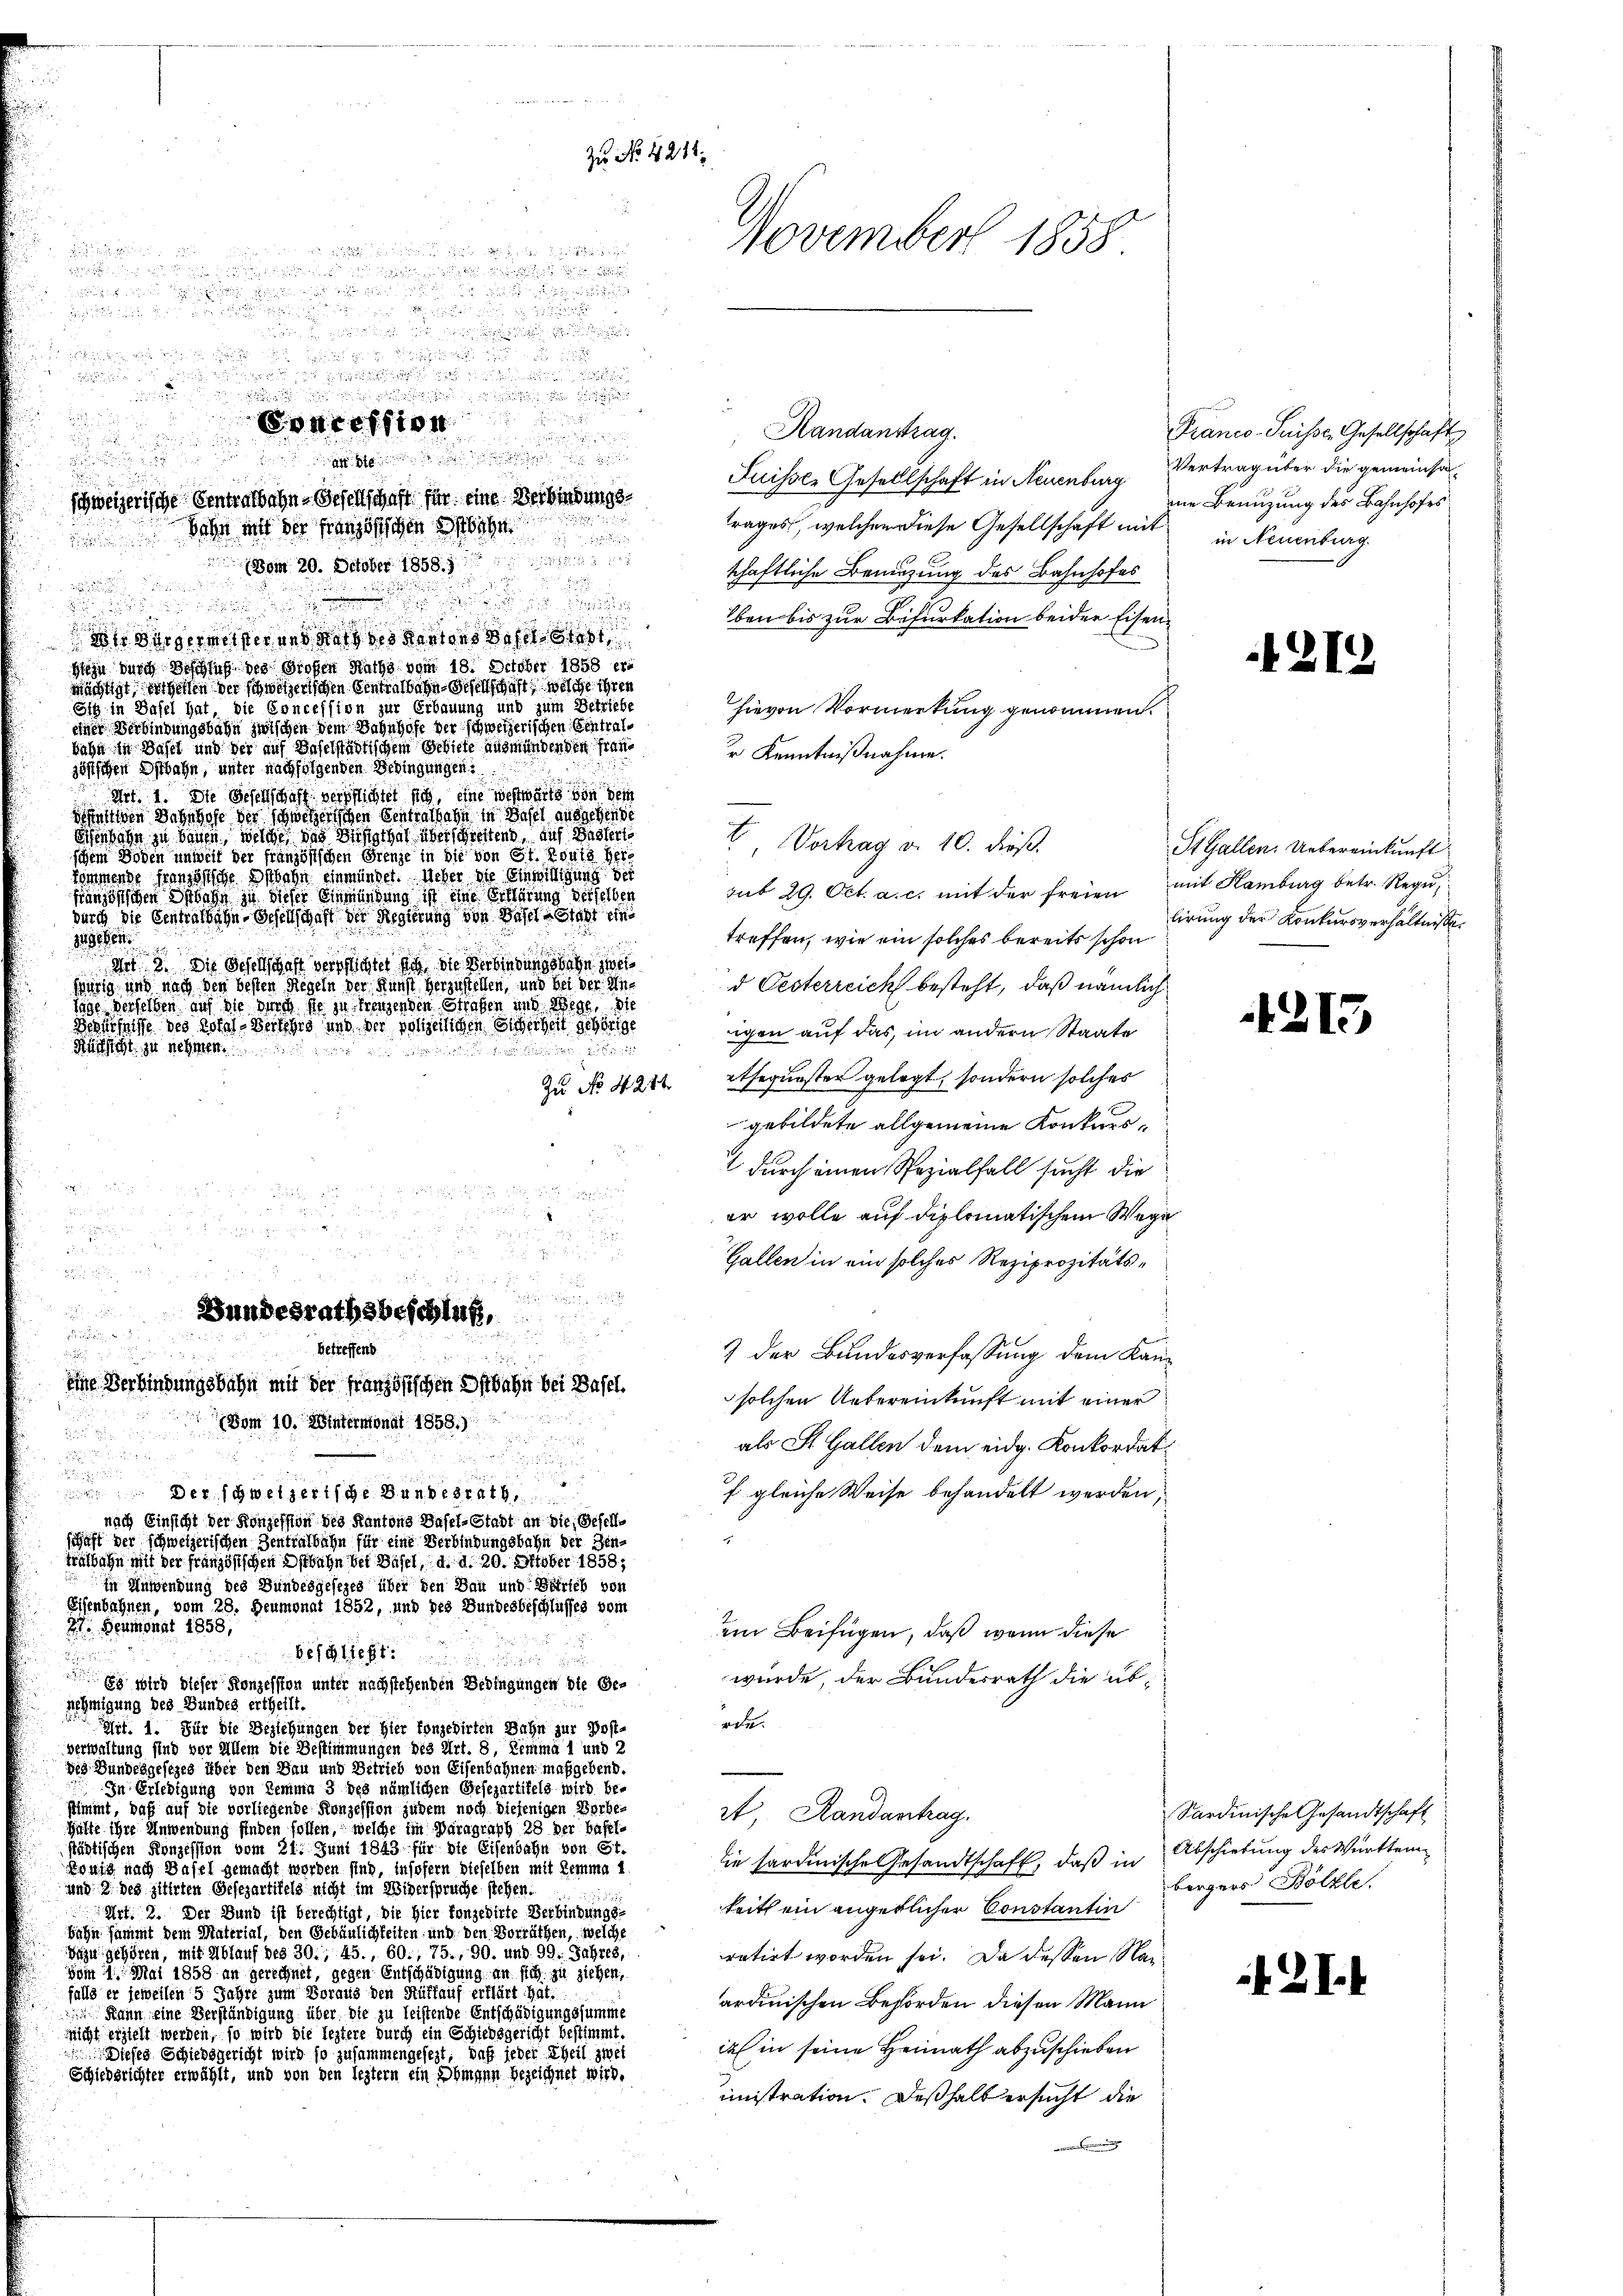
tr Bürgermeister und Rath des Kantons Basel stet
Hiezu durch Beschluß des Großen Raths vom 18. October 1858 er-
mächtigt, der gelten der schweizerischen Centralage Gesellschaft, welche ihren
Sig in Basel hat, die Concession zur Erbauung und zum Betriebe
einer Verbindungsbahn zwischen dem Bahnhofe der schweizerischen Eintralbahn in Basel und der auf Baselstädtischem Gebiete ausmündenden franjöstlichen Estbahn, unter nachfolgenden Bedingungen:
Art. 1. Die Gesellschaft verpflichtet sich, eine westwärts von dein
sfahigen Bahnhofe der schweizerischen Centralbahn in Basel ausschende
Eisenbahn zu bauen, welche das Bisthal überschreitend, auf Gastert
schem Boden unweil der französischen Grenze in die von St. Konia Herkommende französische Anbahn einmündet. Ueber die Einwilligung bei
französischen Inbahn zu dieser Einmündung ist eine Erklärung derselben
durch die Centralbahn-Gesellschaft der Regierung von Basel-Stadt eine
gefer
Art. Die Gesellschaft verpflichtet sich die Verbindungsbahn zwei
Würig und nach den besten Regeln der Kunst herzustellen, und bei der Inlage derselben auf die Durch die zu trengenden Strafen und Wege, die
Boshelfe des Rotal-Berthes und der polizeilichen Sicherheit gehörige
Nachsicht zu nehmen.

Zu No 4284.

(Bom 20. October 1888. 1

Zu No 4211.
November 1858

g

.

Fores 104
Handanstrag.

Juisser Gesellschaft in Neuenburg Vertrag über die gemeinsaschweizerische Sentralbahn-Gesellschaft für eine Verbindungstrages, welchen diese Gesellschaft mit
Bahn mit der französischen Anbahn

d.

.

 5 x
e

Bundesrathsbeschluß,

betreffend
e
u
1
eine Verbindungsbahn mit der französischen Anbahn bei Basel.
.
vom 10. Wintermonat 1858.)

2

e

Der schweizerische Bundesrath
nach Einsicht der Konzession des Kantons Basel-Stadt an die Gesellschaft der schweizerischen Zentralbahn für eine Verbindungsbahn der Bentralbahn mit der französischen Ostbahn bei Basel, d. d. 20. Oktober 1858;
in Anwendung des Bundesgesezes über den Bau und Betrieb von
Eisenbahnen, vom 28. Heumonat 1852, und des Bundesbeschlusses vom

27. Beumonat 1858,

Beschliest
Es wird dieser Konzesston unter nachstehenden Bedingungen die Ge-
nehmigung des Bundes ertheilt.
Gif. 1. Für die Beziehungen der Hier fonzedirten Bahn zur Post-
verwaltung sind vor Allem die Bestimmungen des Art. 8, Lemma 1 und 2
des Bundesgesezes über den Bau und Betrieb von Eisenbahnen maßgebend.
In Erledigung von Kemma 3 des nämlichen Gesezartikels wird be-
stimmt, daß auf die vorliegende Konzession zudem noch diejenigen Vorbe-
Hälte ihre Anwendung finden sollen, welche im Paragraph 28 der Basel-
städtischen Konzession vom 21. Juni 1843 für die Eisenbahn von St.
gung nach Basel gemacht worden sind, insofern dieselben mit Lemma i
und 9 des zitirten Gesezartitels nicht im Widerspruche stehen.
32
Art. 3. Der Bund ist berechtigt, die hier konzedirte Verbindungs-
bahn sammt dem Material, den Gebäulichkeiten und den Vorräthen, welche
Dazu gehören, mit Ablauf des 30, 45., 60., 75., 90. und 99. Jahres,
vom 11. Mai 1858 an gerechnet, gegen Entschädigung an sich zu ziehen,
falls er jeweilen 5 Jahre zum Voraus den Rütlauf erklärt hat.
Kann eine Verständigung über die zu leistende Entschädigungssumme
nicht erhielt werden, so wird die leztere durch ein Schiedsgericht bestimmt.
 Dieses Schiedsgericht wird so zusammengesezt, daß jeder Theil zwei
Schiedsrichter erwählt, und von den leztern ein Obmann bezeichnet wird.

schaftliche Beizung des Bahnhofes
ben bis zur Befurkation beider Eisenhievon Vormerkung genommen.
r Kenntnißnahme.
treffen, wie ein solches bereits schon
d Oesterreich besteht, daß nämlich
igen auf das im andern Staate
etseguesten gelegt, sondern solches
gebildete allgemeine Konkurs¬
 durch einen Spezialfall sucht die
er wolle auf diplomatischem Wege
Gallen in ein solches Reziprozitäts¬
7 der Bundesverfassung dem Kansolchen Uebereinkunft mit einer
als St. Gallen dem eidg. Konkordat
f gleiche Weise behandelt werden.
e
ein Beifügen, daß wenn diese
wurde der Bundesrath die übrde.
it Randantrag.
die hardinische Gesandtschaft, daß in Abschiebung des Württemkeit ein angeblicher Constantin
ratirt worden sei. Da dessen Naardinischen Behörden diesen Mann
ic in seine Heimath abzuschieben
inistration. Deßhalb ersucht die
g

V Vortrag d. 10. dieß.
sub 29. Oct. a. c. mit der freien mit Hamburg betr. Regu

Franco-Suisse, Gesellschaft
ne Benuzung des Bahnhofes
in Neuenburg

212

StGallen. Uebereinkunft
lirung der Konkursverhältnisse.

215

Sardinische Gesandtschaft
bergers Bölkle.

I2I.